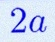
2a